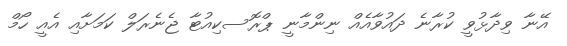
އޭނާ ވިދާޅުވީ ކުރާނެ ދައުވާއެއް ނިންމާނީ ޕްރޮސކިއުޓާ ޖެނެރަލް ކަމަށާއި އެއީ ހޯމް